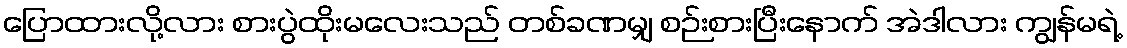
ပြောထားလို့လား စားပွဲထိုးမလေးသည် တစ်ခဏမျှ စဉ်းစားပြီးနောက် အဲဒါလား ကျွန်မရဲ့